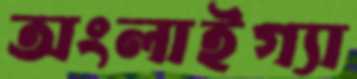
অংলাইগ্যা